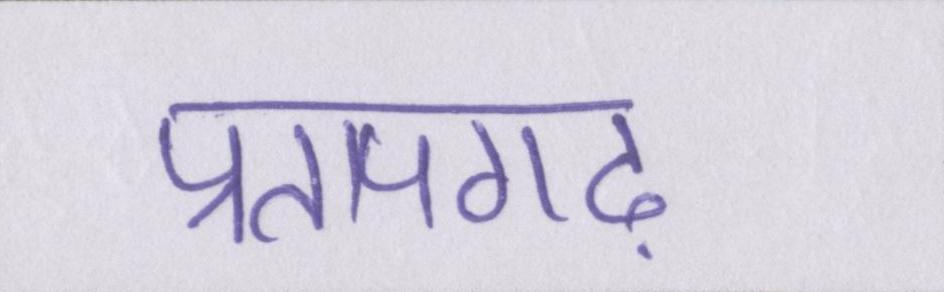
प्रतापगढ़